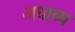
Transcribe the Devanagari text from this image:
अधाव्य